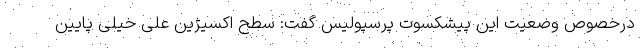
درخصوص وضعیت این پیشکسوت پرسپولیس گفت: سطح اکسیژین علی خیلی پایین